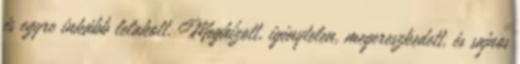
és egyre inkább lelakott. Meghízott, igénytelen, megereszkedett, és sajnos